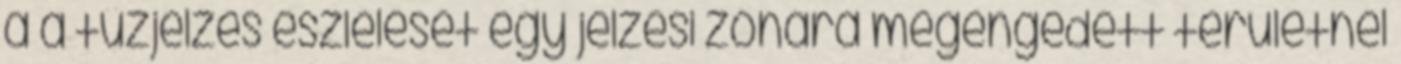
a a tûzjelzés észlelését egy jelzési zónára megengedett területnél